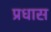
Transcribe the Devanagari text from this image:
प्रधास